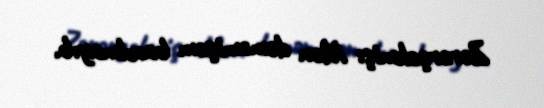
Zərərçəkmiş: Mən deməmişəm baxılmayıb.